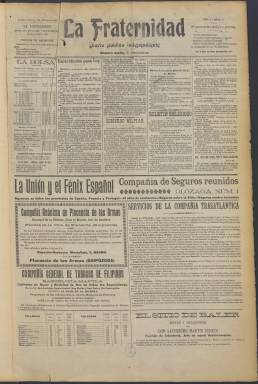
Título: La Fraternidad (Madrid. 1906)
Otros títulos: Diario del comercio || La Fraternidad ibero-americana || La Fraternidad ibero-americana
Colección: Periódicos
Ámbito geográfico: Madrid
Lugar de publicación: Madrid
Fechas: 01/03/1906-22/12/1923